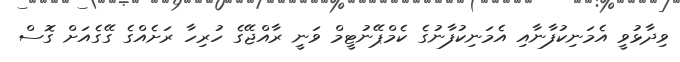
ވިދާޅުވީ އެމަނިކުފާނާއި އެމަނިކުފާނުގެ ކެމްޕޭނުޓީމް ވަނީ ރާއްޖޭގެ ހުރިހާ ރަށެެއްގެ ގޭގެއަށް ގޮސް